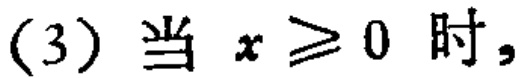
(3) 当 \(x \geq 0\) 时,